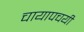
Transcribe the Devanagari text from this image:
चायापचयी